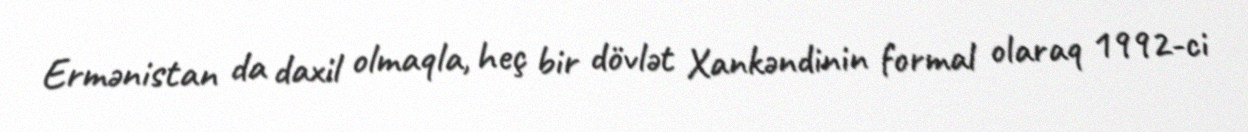
Ermənistan da daxil olmaqla, heç bir dövlət Xankəndinin formal olaraq 1992-ci